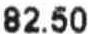
82.50